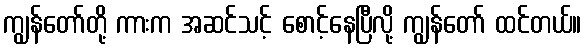
ကျွန်တော်တို့ ကားက အဆင်သင့် စောင့်နေပြီလို့ ကျွန်တော် ထင်တယ်။